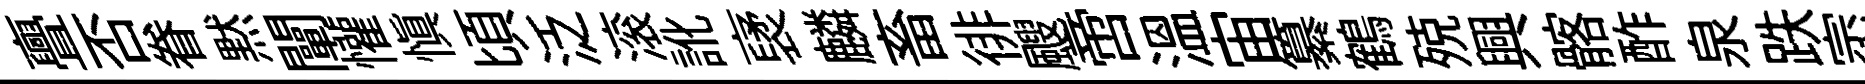
亹否眷黙闡懽愼頃泛滚訛裦麟畜徘颼啻溫宙纂鶴殑興髂酢泉跌崈